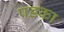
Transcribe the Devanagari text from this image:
पडका